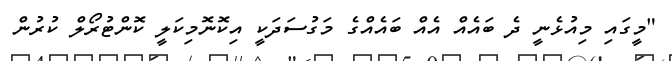
"މީގައި މިއުޅެނީ ދެ ބައެއް އެއް ބައެއްގެ މަގުސަދަކީ އިކޮނޮމިކަލީ ކޮންޓުރޯލް ކުރުން